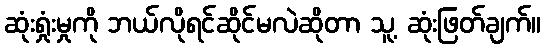
ဆုံးရှုံးမှုကို ဘယ်လိုရင်ဆိုင်မလဲဆိုတာ သူ့ ဆုံးဖြတ်ချက်။